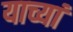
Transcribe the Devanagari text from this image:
याच्यां